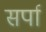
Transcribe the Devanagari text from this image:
सर्पा